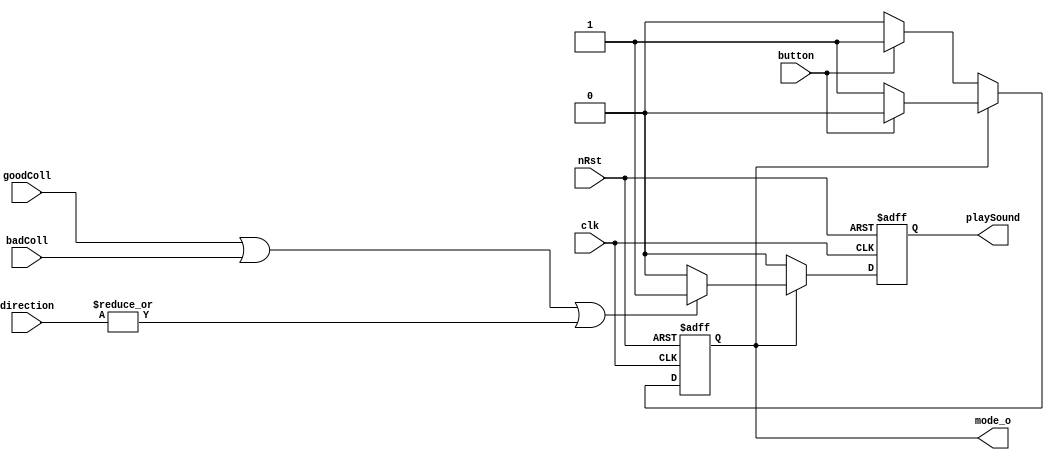
`default_nettype none
module t09_sound_fsm (
	clk,
	nRst,
	goodColl,
	badColl,
	button,
	direction,
	playSound,
	mode_o
);
	reg _sv2v_0;
	input wire clk;
	input wire nRst;
	input wire goodColl;
	input wire badColl;
	input wire button;
	input wire [3:0] direction;
	output reg playSound;
	output reg mode_o;
	reg next_state;
	reg next_playSound;
	always @(posedge clk or negedge nRst)
		if (~nRst) begin
			mode_o <= 1'b1;
			playSound <= 0;
		end
		else begin
			mode_o <= next_state;
			playSound <= next_playSound;
		end
	always @(*) begin
		if (_sv2v_0)
			;
		next_playSound = playSound;
		next_state = mode_o;
		if (mode_o == 1'b1) begin
			if (button)
				next_state = 1'b0;
			next_playSound = ((goodColl || badColl) || |direction ? 1'b1 : 1'b0);
		end
		else begin
			if (button)
				next_state = 1'b1;
			next_playSound = 1'b0;
		end
	end
	initial _sv2v_0 = 0;
endmodule